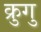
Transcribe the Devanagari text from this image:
क्रुगु